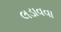
લડાવવા